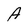
Character: A